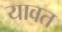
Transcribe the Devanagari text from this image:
यावत